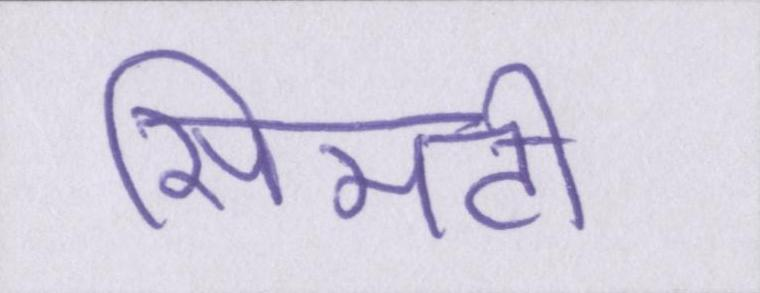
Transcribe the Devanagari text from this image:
सिमटी